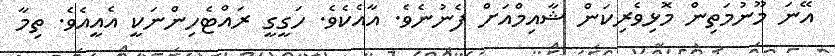
އޭނަ މޫނުމަތިން މޮޅިވެރިކަން ޝާއިމްއަށް ފެނުނެވެ. އާއެކެވެ. ހަގީގީ ރައްޓެހިންނަކީ އެއީއެވެ. ތިމާ